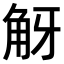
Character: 𧣐